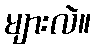
များလဲ။